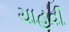
ચાહવી